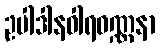
ဥပါဒါနဝါရဝဏ္ဏနာ